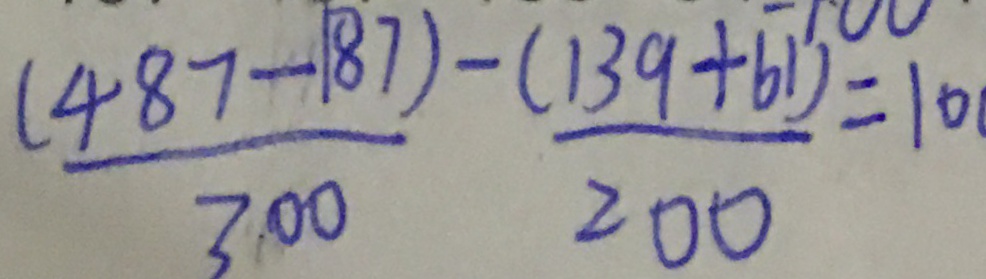
\frac { ( 4 8 7 - 1 8 7 ) } { 3 0 0 } - \frac { ( 1 3 9 + 6 1 ) } { 2 0 0 } = 1 0